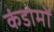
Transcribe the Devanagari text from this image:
कंडोमों